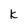
Character: k